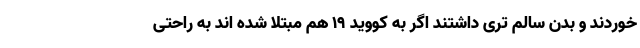
خوردند و بدن سالم تری داشتند اگر به کووید 19 هم مبتلا شده اند به راحتی